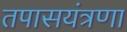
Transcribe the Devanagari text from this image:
तपासयंत्रणा